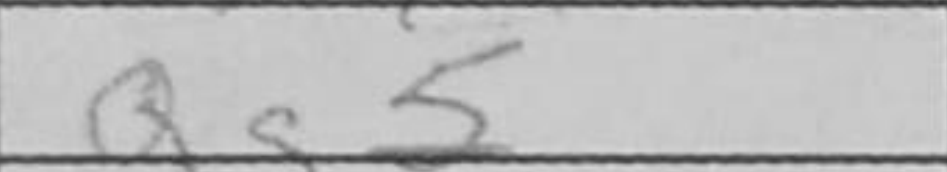
Transcription: Qg5